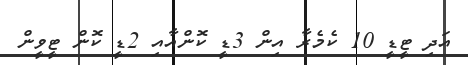
އަދި ޓީޑީ 10 ކެމެރާ އިން 3ޑީ ކޮންއާއި 2ޑީ ކޮން ޓީވީން